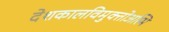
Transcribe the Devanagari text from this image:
देशकालविमुक्तोअस्मि